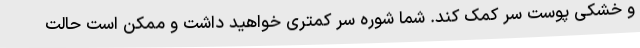
و خشکی پوست سر کمک کند. شما شوره سر کمتری خواهید داشت و ممکن است حالت